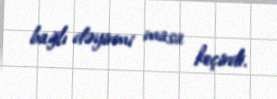
bağlı dəyirmi masa keçirdi.